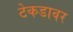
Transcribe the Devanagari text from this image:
टेकडावर